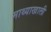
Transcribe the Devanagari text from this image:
माथ्याखाली